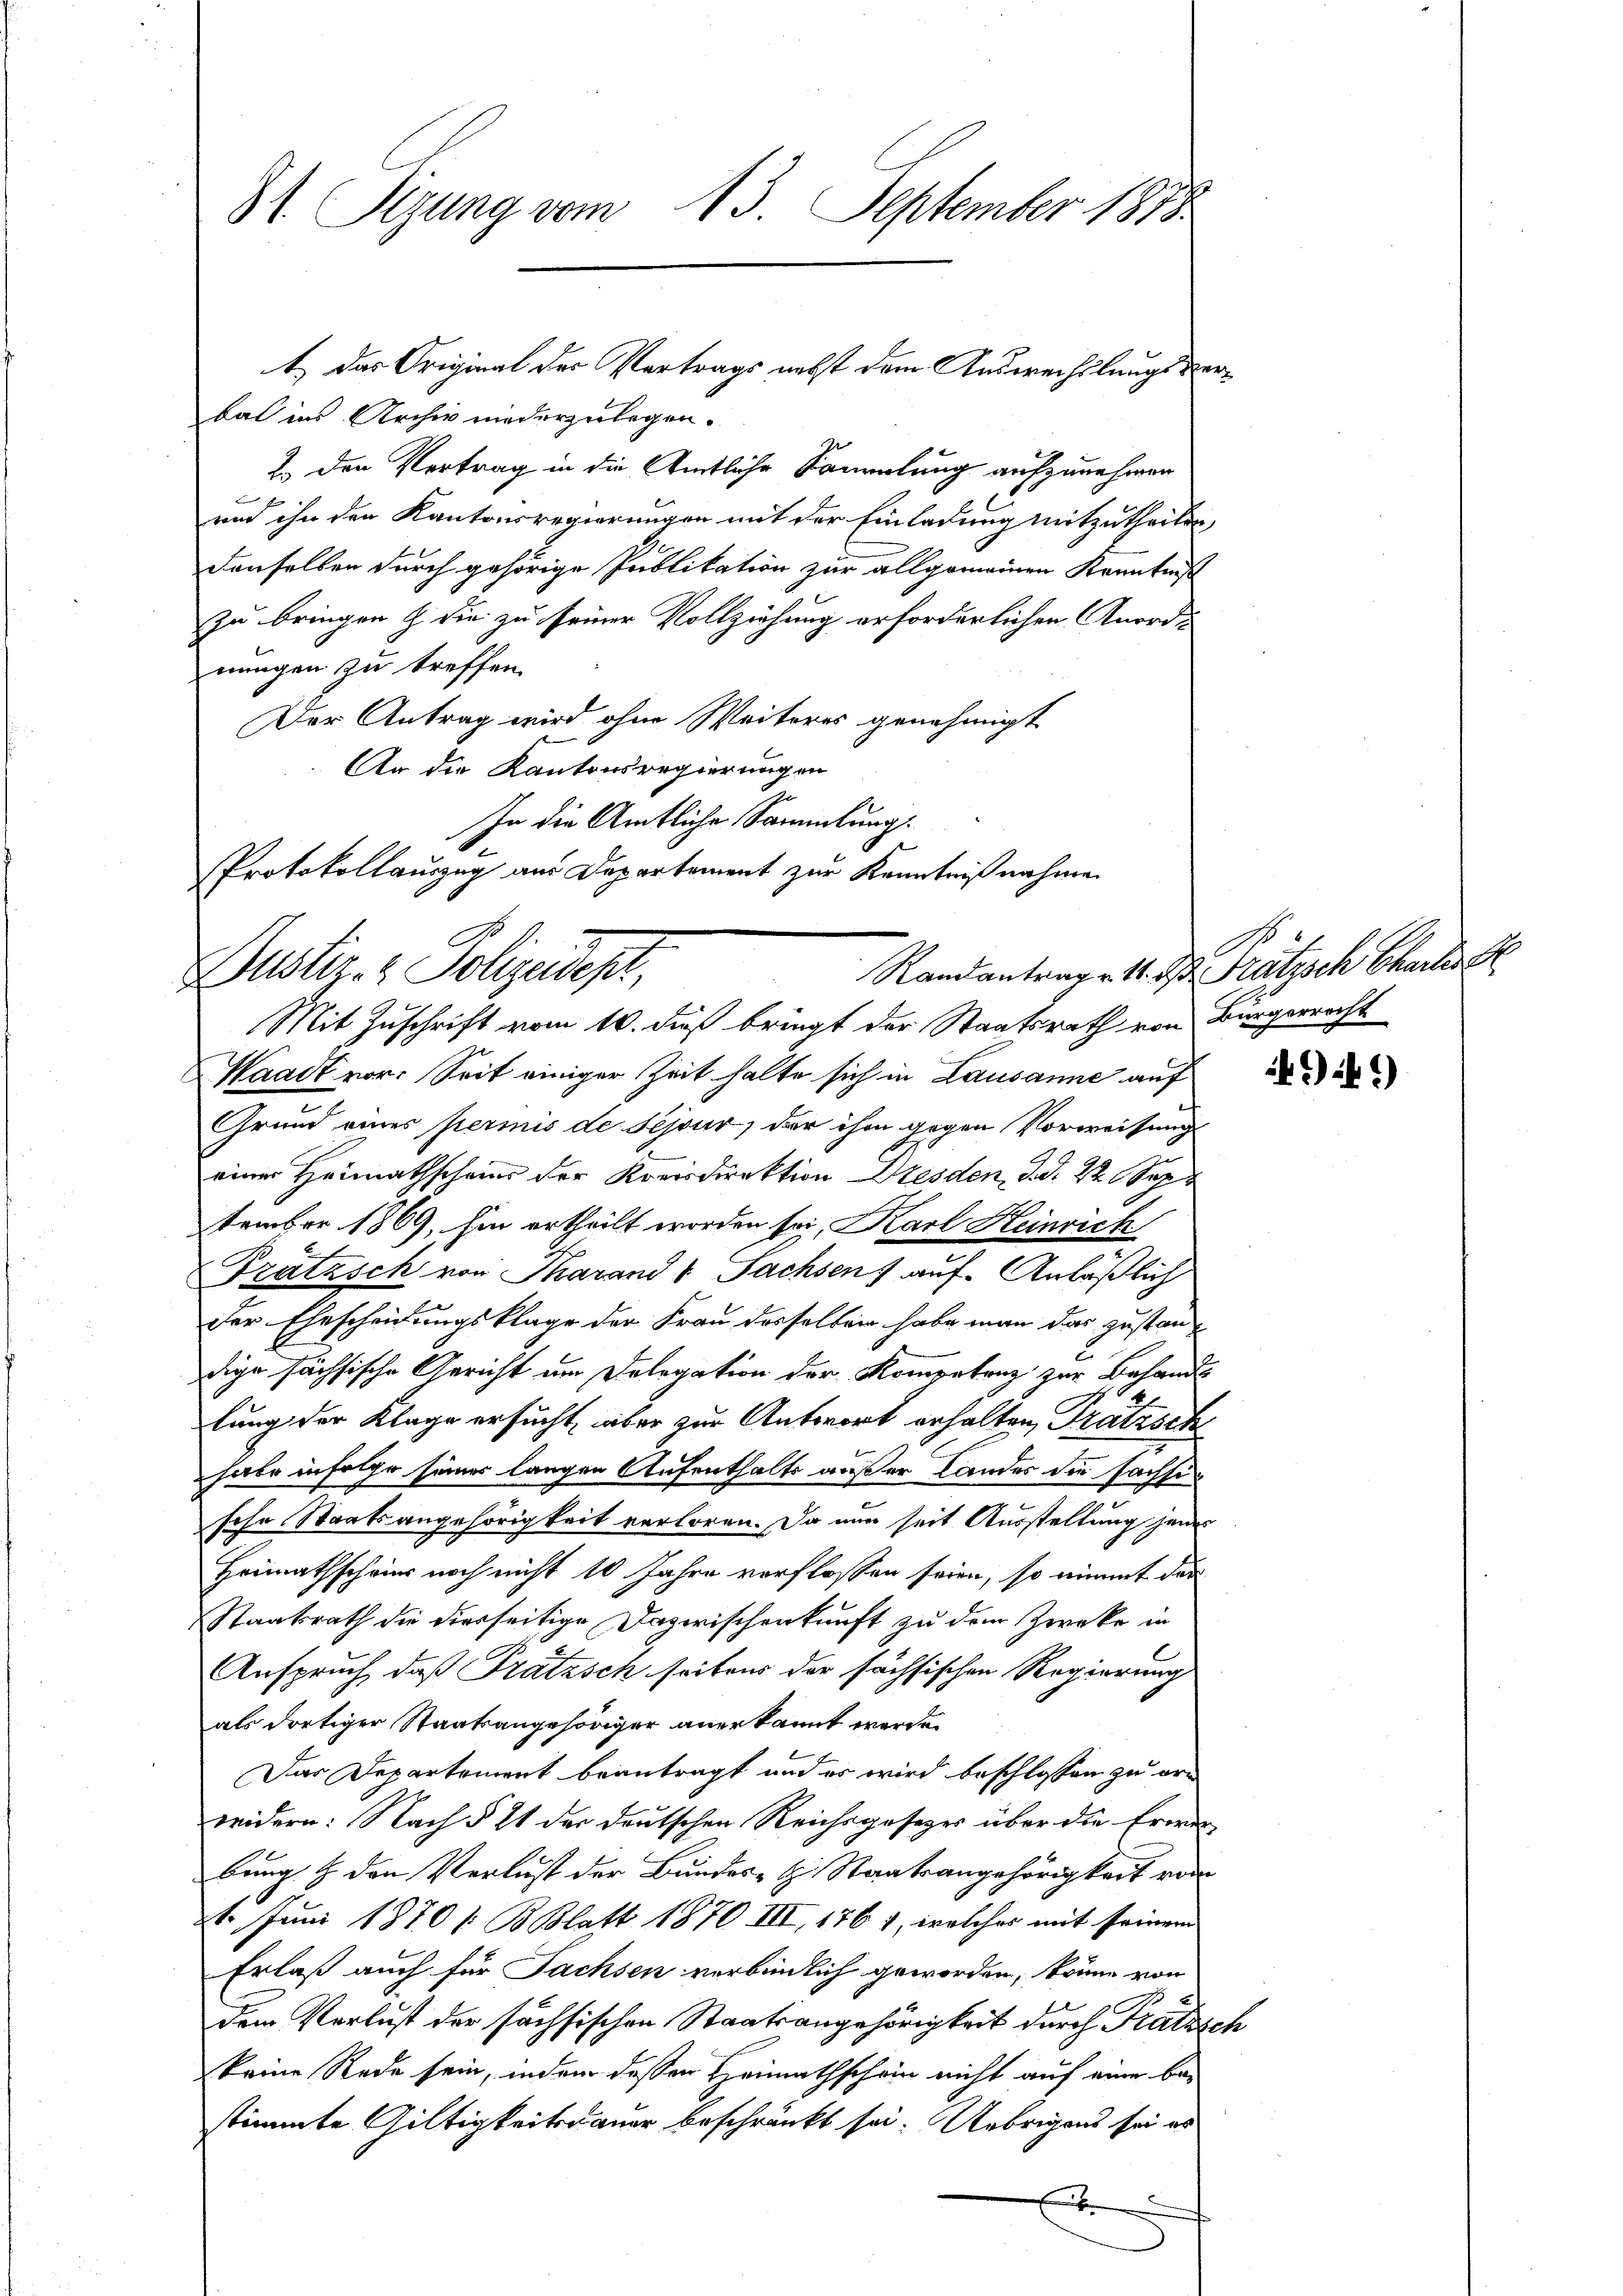
81. Sizung vom 13. September 1878

t.) Das Original des Vertrags nebst dem Auswechslungsverbal ins Archiv niederzulegen.
2.) Den Vertrag in die Amtliche Sammlung aufzunehmen
und ihn den Kantonsregierungen mit der Einladung mitzutheilen,
denselben durch gehörige Publikation zur allgemeinen Kenntniß
zu bringen & die zu seiner Vollziehung erforderlichen Anordnungen zu treffen.
Der Antrag wird ohne Weiteres genehmigt
An die Kantonsregierungen
In die Amtliche Sammlung
Protokollauszug aus Departement zur Kenntnißnahme

Justiz- & Polizeidept,

Mit Zuschrift vom 10. dieß bringt der Staatsrath von Bürgerrecht
Waadt vor. Seit einiger Zeit halte sich in Lausanne auf
Grund eines permis de Sejour, der ihm gegen Vorweisung
einer Heimathscheine der Kreisdirektion Dresden, d. d. 22. Sept
tember 1869, hin ertheilt worden sei, Karl Heinrich
Tratasch von Tarand v. Sachsen) auf Anläßlich
der Ehescheidungsklage der Frau desselben habe man das zustandige sächsische Gericht um Delegation der Kompetenz zur Behands
lung der Klage ersucht, aber zur Antwort erhalten, Tratzsch
habe infolge seines langen Aufenthalts außer Landes die Sachsi
sche Staatsangehörigkeit verloren. Da nur seit Ausstellung jenes
Heimathschwier noch nicht 10 Jahre verflossen seien, so nimmt das
Staatsrath die dierseitige Dazwischenkunft zu dem Zwecke in
Anspruch, daß Pratzsch seitens der söchsischen Regierung
als dortiger Staatsangehöriger anerkannt werde.
Das Departement beantragt und es wird beschlossen zu er
weidern: Nach § 21 der deutschen Reichsgesezes über die Erwer
bung & den Verlust der Bundes- H. Staatsangehörigkeit vom
21. Juni 1870 / B. Blatt 1870 III, 1761, welches mit seinem
Erlaß auch für Sachsen verbindlich geworden, könne von
t
dem Verlust der sächsischen Staatsangehörigkeit durch Fratzsch
keine Rede sein, indem dessen Heimathschein nicht auf eine bestimmte Gültigkeitsdauer beschränkt sei. Uebrigens sei es
E

Randantrag 11. d. Prätzsch Charter

) 1)